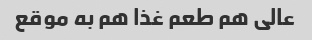
عالی هم طعم غذا هم به موقع